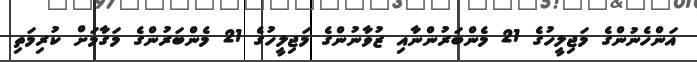
އަންހެނުންގެ މަޖިލީހުގެ 21 މެންބަރުންނާއި ޒުވާނުންގެ މަޖިލީހުގެ 21 މެންބަރުންގެ މަގާމަށް ކުރިމަތި